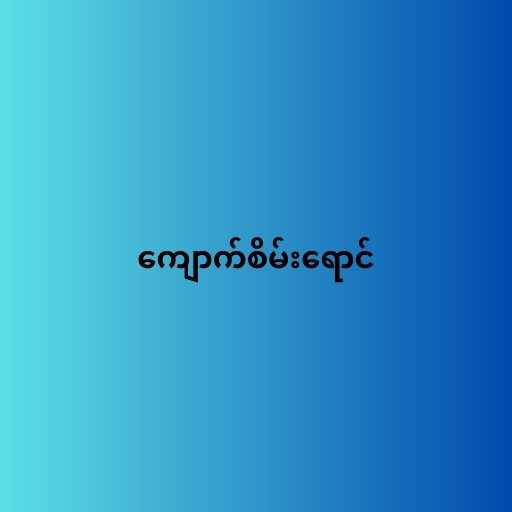
ကျောက်စိမ်းရောင်